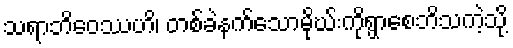
သရာဘိဝေဿဟိ၊ တစ်ခဲနက်သောမိုဃ်းကိုရွာစေဘိသကဲ့သို့